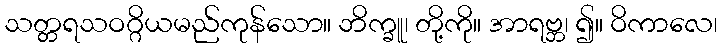
သတ္တရသဝဂ္ဂိယမည်ကုန်သော။ ဘိက္ခူ၊ တို့ကို။ အာရဗ္ဘ၊ ၍။ ဝိကာလေ၊